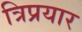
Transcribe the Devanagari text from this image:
त्रिप्रयार